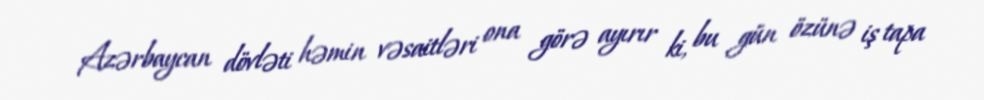
Azərbaycan dövləti həmin vəsaitləri ona görə ayırır ki, bu gün özünə iş tapa